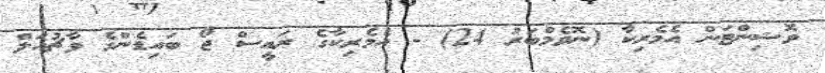
ވޮޝިންޓަން އެމެރިކާ (ނޮވެމްބަރު 24) - އެމެރިކާގެ ރައީސް ޖޯ ބައިޑެންގެ ވާޗުއަލް